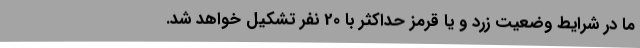
ما در شرایط وضعیت زرد و یا قرمز حداکثر با 20 نفر تشکیل خواهد شد.